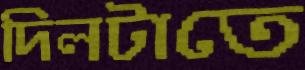
দিলটাতে